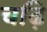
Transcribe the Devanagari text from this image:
चढ़ि